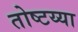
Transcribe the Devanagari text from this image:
तोष्टय्या